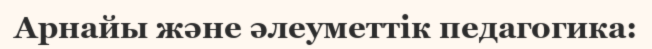
Арнайы және әлеуметтік педагогика: